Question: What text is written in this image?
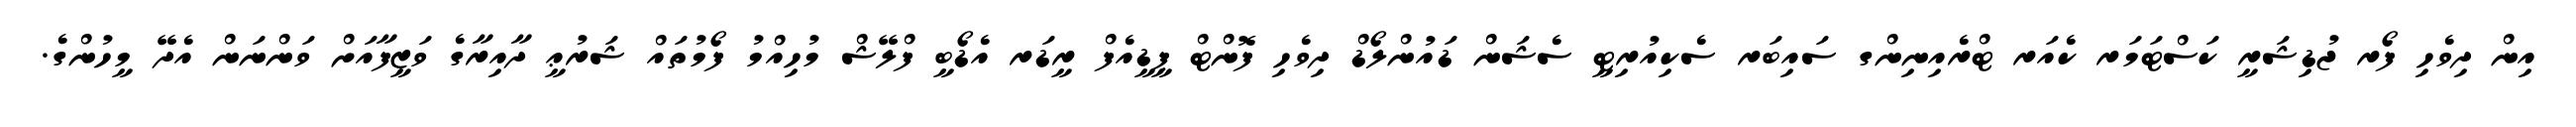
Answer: އިން ދިވެހި ފޯރ ޖުޑިޝަރީ ކަސްޓަމަރ ކެއަރ ޓްރެއިނިންގ ސައިބަރ ސެކިއުރިޓީ ސެޝަން ޑައުންލޯޑް ދިވެހި ފޮންޓް ޕީޑީއެފް ރީޑަރ އެޑޯބީ ފްލޭޝް މުހިއްމު ފޯމުތައް ޝަރުޢީ ދާއިރާގެ ވަޒީފާއަށް ވަންނަން އެދޭ މީހުންގެ.